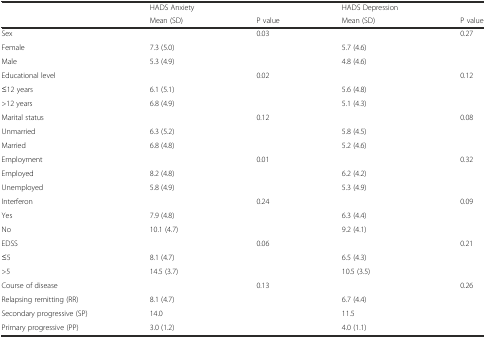
|  | HADS Anxiety |  | HADS Depression |  |
 |  | Mean (SD) | P value | Mean (SD) | P value |
 | --- | --- | --- | --- | --- |
 | Sex |  | 0.03 |  | 0.27 |
 | Female | 7.3 (5.0) |  | 5.7 (4.6) |  |
 | Male | 5.3 (4.9) |  | 4.8 (4.6) |  |
 | Educational level |  | 0.02 |  | 0.12 |
 | ≤12 years | 6.1 (5.1) |  | 5.6 (4.8) |  |
 | >12 years | 6.8 (4.9) |  | 5.1 (4.3) |  |
 | Marital status |  | 0.12 |  | 0.08 |
 | Unmarried | 6.3 (5.2) |  | 5.8 (4.5) |  |
 | Married | 6.8 (4.8) |  | 5.2 (4.6) |  |
 | Employment |  | 0.01 |  | 0.32 |
 | Employed | 8.2 (4.8) |  | 6.2 (4.2) |  |
 | Unemployed | 5.8 (4.9) |  | 5.3 (4.9) |  |
 | Interferon |  | 0.24 |  | 0.09 |
 | Yes | 7.9 (4.8) |  | 6.3 (4.4) |  |
 | No | 10.1 (4.7) |  | 9.2 (4.1) |  |
 | EDSS |  | 0.06 |  | 0.21 |
 | ≤5 | 8.1 (4.7) |  | 6.5 (4.3) |  |
 | >5 | 14.5 (3.7) |  | 10.5 (3.5) |  |
 | Course of disease |  | 0.13 |  | 0.26 |
 | Relapsing remitting (RR) | 8.1 (4.7) |  | 6.7 (4.4) |  |
 | Secondary progressive (SP) | 14.0 |  | 11.5 |  |
 | Primary progressive (PP) | 3.0 (1.2) |  | 4.0 (1.1) |  |